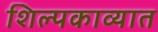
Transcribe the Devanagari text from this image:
शिल्पकाव्यात